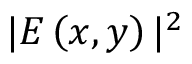
\vert E \left( x , y \right) \vert ^ { 2 }